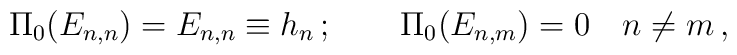
\Pi_0 (E_{n,n})=E_{n,n}\equiv h_n\,;\qquad\Pi_0 (E_{n,m})=0\quad n\ne m\,,\nonumber